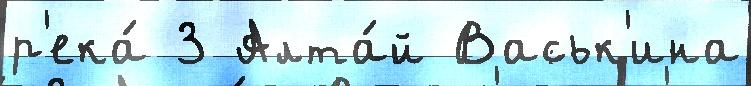
р'ека́ 3 Алта́й Васьк'ина